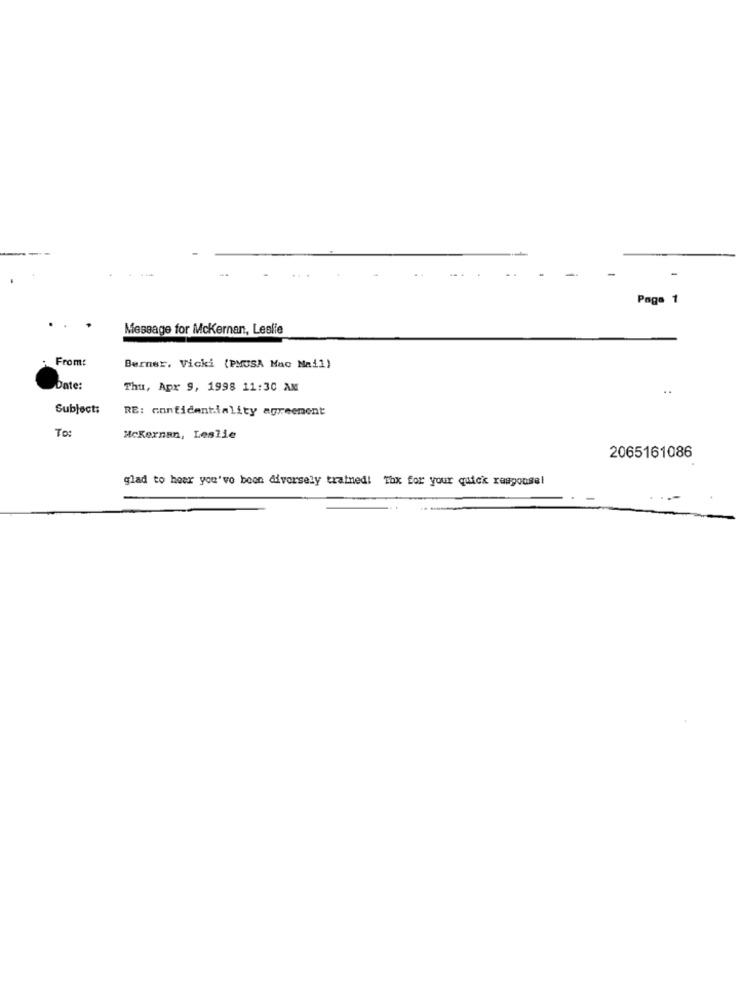
-
Page 1
Message for Mckernan, Leslie
From:
Berner, Vicki (PMUSA Mac Mail)
Date:
Thu, Apr 9, 1998 11:30 AM
Subject:
RE: confidentiality agreement
To:
McKernan, Leslie
2065161086
glad to hear you've been diversely trained! Thx for your quick response!